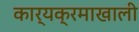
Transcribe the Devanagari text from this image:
कार्यक्रमाखाली